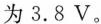
为3.8V。